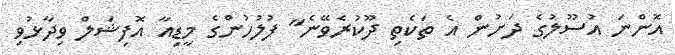
އޮންނަ އުސޫލުގެ ދަށުން އެ ތަކެތި ދޫކުރެވޭނެ" ފުލުހުންގެ މީޑިއާ އޮފިޝަލް ވިދާޅުވި